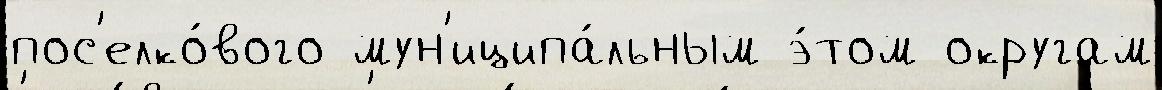
пос'елко́вого мун'иципа́льным э́том округам